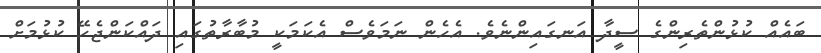
ބައެއް ކުޅުންތެރިންގެ ސީދާ އަނގައިންނެވެ. އެހެން ނަމަވެސް އެކަމަކީ މުބާރާތުގައި ދައްކަންޖެހޭ ކުޅުމަށް